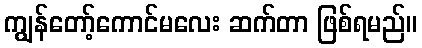
ကျွန်တော့်ကောင်မလေး ဆက်တာ ဖြစ်ရမည်။